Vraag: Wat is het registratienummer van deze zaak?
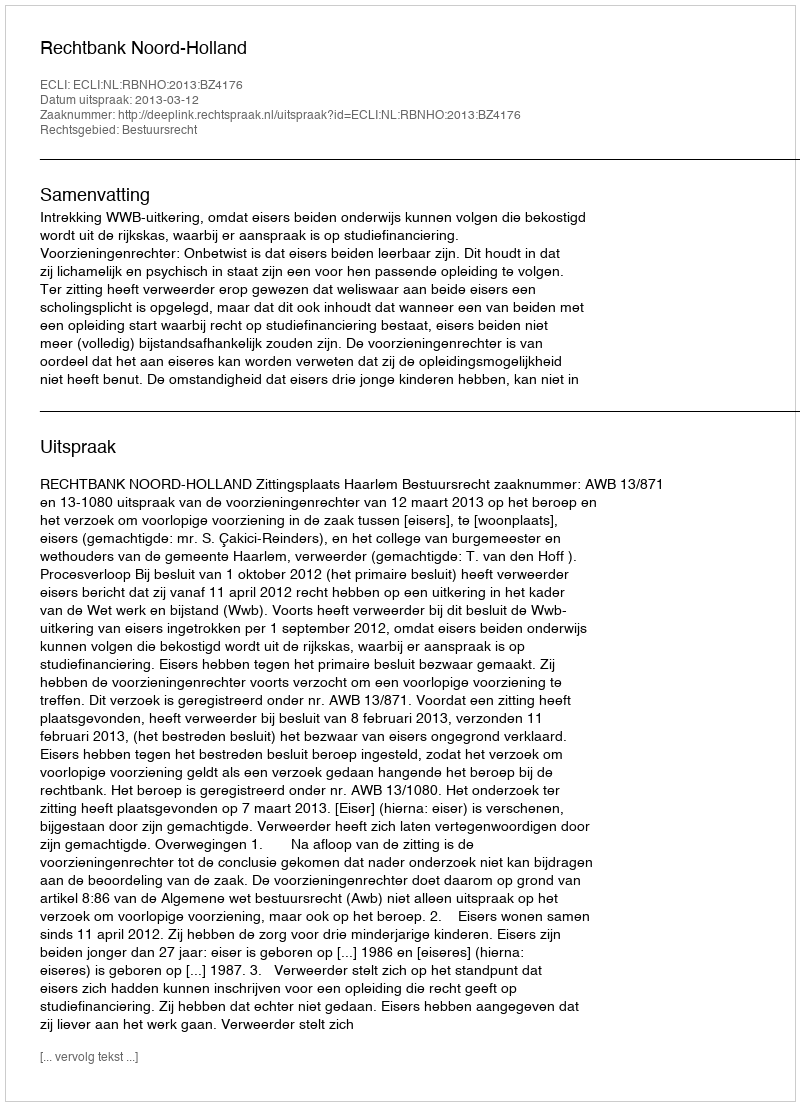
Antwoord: http://deeplink.rechtspraak.nl/uitspraak?id=ECLI:NL:RBNHO:2013:BZ4176